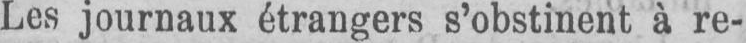
Les journaux étrangers s’obstinent à re-